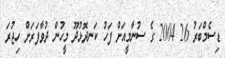
ޑިސެމްބަރު 26 2004 ގެ ސުނާމީއަށް ފަހު ކަނދޮޅުދޫ މީހުން ދުވާފަރަށް ހިޖުރަ